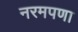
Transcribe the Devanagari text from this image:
नरमपणा